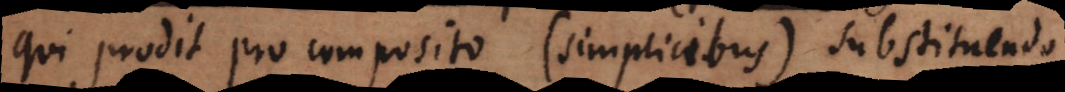
qui prodit pro composito (simplicibus) substituendo